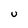
Character: U